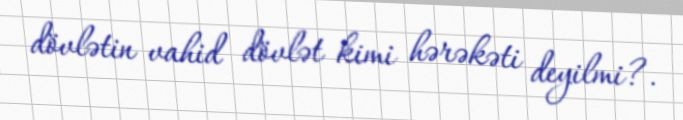
dövlətin vahid dövlət kimi hərəkəti deyilmi?.